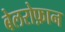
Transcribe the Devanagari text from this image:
बेलरोफ़ान